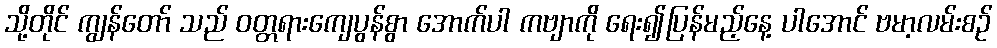
သို့တိုင် ကျွန်တော် သည် ဝတ္တရားကျေပွန်စွာ အောက်ပါ ကဗျာကို ရေး၍ပြန်မည့်နေ့ ပါအောင် ဗမာ့လမ်းစဉ်